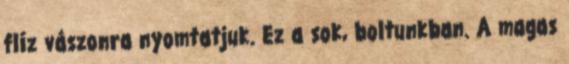
flíz vászonra nyomtatjuk. Ez a sok, boltunkban. A magas